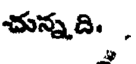
చున్నది.